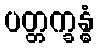
ပတ္တက္ခန္ဓံ